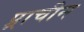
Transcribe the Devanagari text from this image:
प्र्राचीन